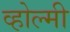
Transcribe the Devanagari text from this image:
व्होल्मी